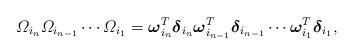
LaTeX: \begin{align*}\varOmega_{i_{n}}\varOmega_{i_{n-1}}\cdots \varOmega_{i_{1}}=\boldsymbol{\omega}_{i_{n}}^{T}\boldsymbol{\delta}_{i_{n}} \boldsymbol{\omega}_{i_{n-1}}^{T}\boldsymbol{\delta}_{i_{n-1}}\cdots \boldsymbol{\omega}_{i_{1}}^{T}\boldsymbol{\delta}_{i_{1}},\end{align*}